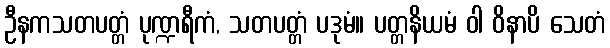
ဦနကသတပတ္တံ ပုဏ္ဍရီကံ, သတပတ္တံ ပဒုမံ။ ပတ္တနိယမံ ဝါ ဝိနာပိ သေတံ